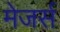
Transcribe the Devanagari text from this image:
मेजर्स